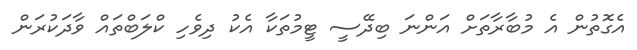
އެގޮތުން އެ މުބާރާތަށް އަންނަ ބިދޭސީ ޓީމުތަކާ އެކު ދިވެހި ކްލަބްތައް ވާދަކުރަން